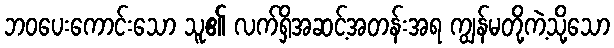
ဘဝပေးကောင်းသော သူ၏ လက်ရှိအဆင့်အတန်းအရ ကျွန်မတို့ကဲ့သို့သော